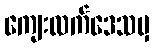
ကျေးလက်ဒေသမှ